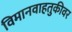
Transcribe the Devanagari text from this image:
विमानवाहतुकीवर